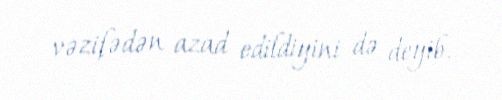
vəzifədən azad edildiyini də deyib.